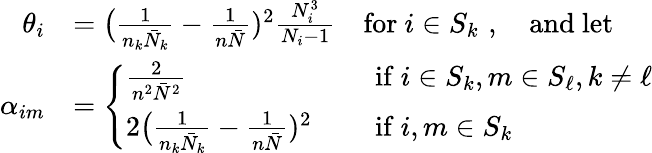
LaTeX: \begin{array}{rl}{\theta_{i}}&{=\big(\frac{1}{n_{k}\bar{N}_{k}}-\frac{1}{n\bar{N}})^{2}\frac{N_{i}^{3}}{N_{i}-1}\quad\mathrm{for~}i\in S_{k}\, \, ,\quad\mathrm{and~let}\, \, }\\ {\alpha_{im}}&{=\left\{ \begin{array}{ll}{\frac{2}{n^{2}\bar{N}^{2}}}&{\quad\mathrm{~if~}i\in S_{k},m\in S_{\ell},k\neq\ell}\\ {2\big(\frac{1}{n_{k}\bar{N}_{k}}-\frac{1}{n\bar{N}})^{2}}&{\quad\mathrm{~if~}i,m\in S_{k}}\end{array}\right.}\end{array}